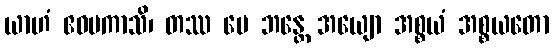
ယာဟံ ဧဝမကာသိ၊ တဿ မေ ဘန္တေ အယျော အစ္စယံ အစ္စယတော